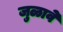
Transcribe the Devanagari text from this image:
जुळावे